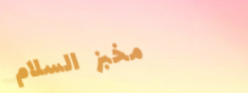
مخبز السلام